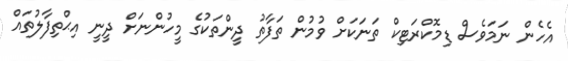
އެހެން ނަމަވެސް ޑިމޮކްރަޓިކް ތަނަކަށް ވުމުން ތަފާތު ދީންތަކުގެ މީހުންނަށް ދީނީ އިޙްތިފާލުތައް